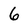
Character: 6